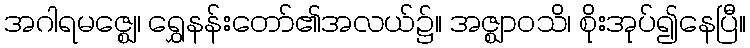
အဂါရမဇ္ဈေ၊ ရွှေနန်းတော်၏အလယ်၌။ အဇ္ဈာဝသိ၊ စိုးအုပ်၍နေပြီ။